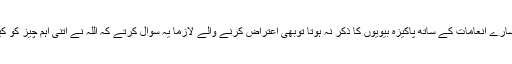
اگر جنت میں اتنے سارے انعامات کے ساتھ پاکیزہ بیویوں کا ذکر نہ ہوتا توبھی اعتراض کرنے والے لازماً یہ سوال کرتے کہ اللہ نے اتنی اہم چیز کو کیوں نظر انداز کردیا۔